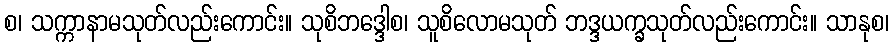
စ၊ သက္ကာနာမသုတ်လည်းကောင်း။ သုစိဘဒ္ဒေါစ၊ သူစိလောမသုတ် ဘဒ္ဒယက္ခသုတ်လည်းကောင်း။ သာနုစ၊